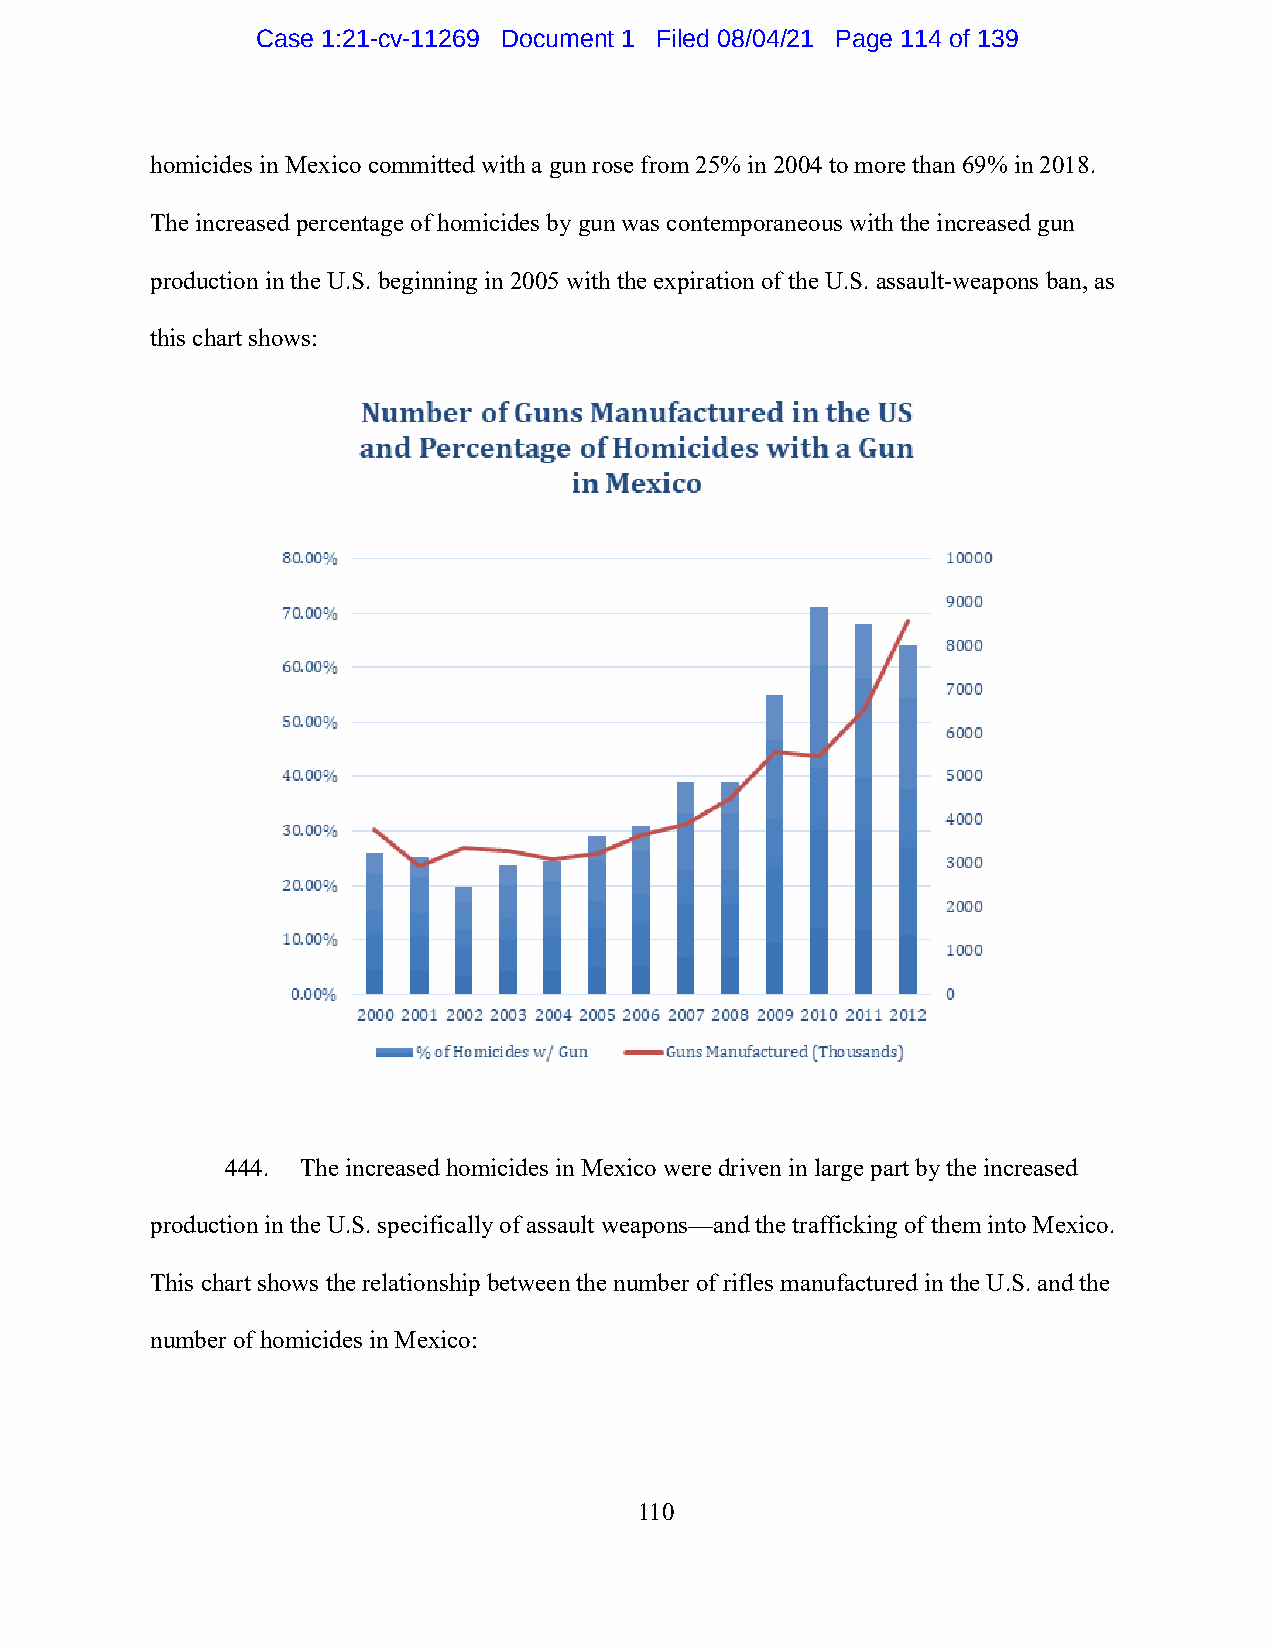
Case 1:21-cv-11269 Document 1 Filed 08/04/21 Page 114 of 139
 homicides in Mexico committed with a gun rose from 25% in 2004 to more than 69% in 2018.
 The increased percentage of homicides by gun was contemporaneous with the increased gun
 production in the U.S. beginning in 2005 with the expiration of the U.S. assault-weapons ban, as
 this chart shows:
 444. The increased homicides in Mexico were driven in large part by the increased
 production in the U.S. specifically of assault weapons—and the trafficking of them into Mexico.
 This chart shows the relationship between the number of rifles manufactured in the U.S. and the
 number of homicides in Mexico:
 110